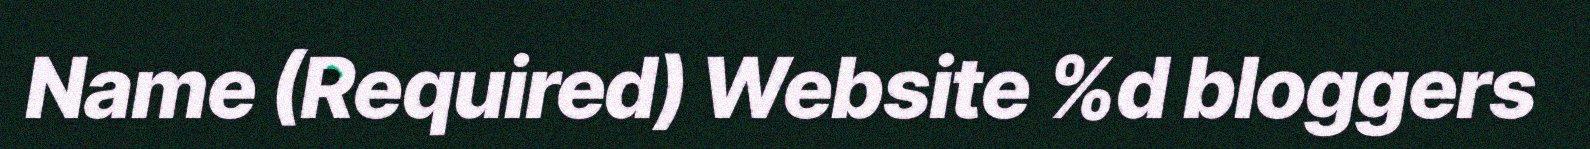
Name (Required) Website %d bloggers